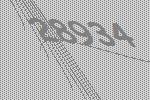
28934